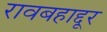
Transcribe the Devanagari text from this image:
रावबहाद्दूर